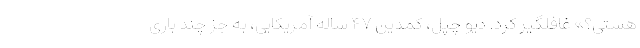
هستی؟» غافلگیر کرد. دیو چپل، کمدین ۴۷ ساله آمریکایی، به جز چند باری